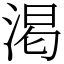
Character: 渇